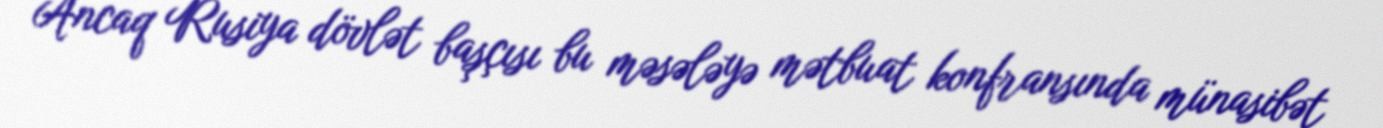
Ancaq Rusiya dövlət başçısı bu məsələyə mətbuat konfransında münasibət